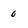
Character: 0